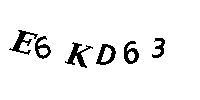
E6KD63